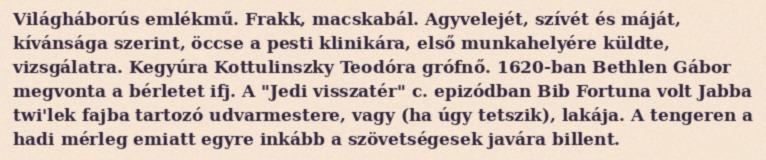
Világháborús emlékmű. Frakk, macskabál. Agyvelejét, szívét és máját, kívánsága szerint, öccse a pesti klinikára, első munkahelyére küldte, vizsgálatra. Kegyúra Kottulinszky Teodóra grófnő. 1620-ban Bethlen Gábor megvonta a bérletet ifj. A "Jedi visszatér" c. epizódban Bib Fortuna volt Jabba twi'lek fajba tartozó udvarmestere, vagy (ha úgy tetszik), lakája. A tengeren a hadi mérleg emiatt egyre inkább a szövetségesek javára billent.